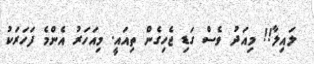
ލައިލާ!! މިއަދު ވެސް ގަޑި ޖެހިގެން ތިއައީ. މިއަހަރު އެންމެ ފަހަރަކު